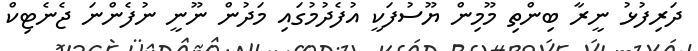
ދަރިފުޅު ނީރާ ބިންތި މޫމިން ޔޫސުފަކީ އުފެދުމުގައި މަދުން ނޫނީ ނުފެންނަ ޖެނެޓިކް